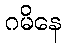
ဂမိနေ